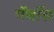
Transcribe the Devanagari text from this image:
पॅथॉस